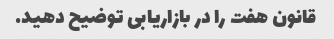
قانون هفت را در بازاریابی توضیح دهید.